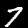
Digit: 7